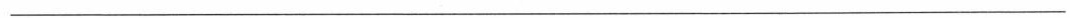
___